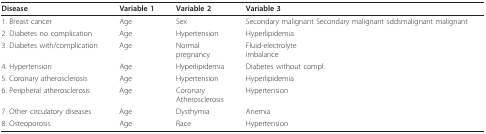
<table><thead><tr><td><b>Disease</b></td><td><b>Variable 1</b></td><td><b>Variable 2</b></td><td><b>Variable 3</b></td></tr></thead><tbody><tr><td>1. Breast cancer</td><td>Age</td><td>Sex</td><td>Secondary malignant Secondary malignant sddsmalignant malignant</td></tr><tr><td>2. Diabetes no complication</td><td>Age</td><td>Hypertension</td><td>Hyperlipidemia</td></tr><tr><td>3. Diabetes with/complication</td><td>Age</td><td>Normalpregnancy</td><td>Fluid-electrolyteimbalance</td></tr><tr><td>4. Hypertension</td><td>Age</td><td>Hyperlipidemia</td><td>Diabetes without compl.</td></tr><tr><td>5. Coronary atherosclerosis</td><td>Age</td><td>Hypertension</td><td>Hyperlipidemia</td></tr><tr><td>6. Peripheral atherosclerosis</td><td>Age</td><td>CoronaryAtherosclerosis</td><td>Hypertension</td></tr><tr><td>7. Other circulatory diseases</td><td>Age</td><td>Dysthymia</td><td>Anemia</td></tr><tr><td>8. Osteoporosis</td><td>Age</td><td>Race</td><td>Hypertension</td></tr></tbody></table>